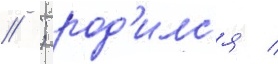
// ; род'илс'я /